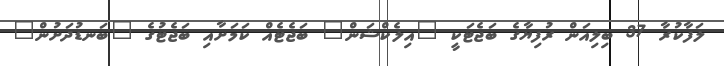
ލަފާކުރާ 37 ބިލިއަން ރުފިޔާގެ ބަޖެޓަކީ "އިލެކްޝަން" ބަޖެޓެއް ކަމަށާއި ބަޖެޓުގެ "ބަނޑުދަށުން"